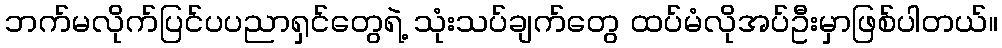
ဘက်မလိုက်ပြင်ပပညာရှင်တွေရဲ့ သုံးသပ်ချက်တွေ ထပ်မံလိုအပ်ဦးမှာဖြစ်ပါတယ်။